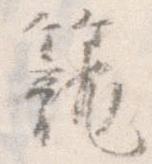
籠